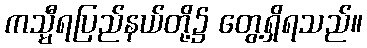
ကသ္မီရပြည်နယ်တို့၌ တွေ့ရှိရသည်။